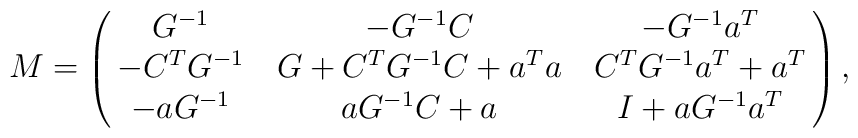
M=\left ( \matrix{G^{-1} & -G^{-1}C & -G^{-1}a^T \cr-C^T G^{-1} & G + C^T G^{-1}C +a^T a & C^T G^{-1} a^T+ a^T \cr -aG^{-1} & aG^{-1}C + a & I + aG^{-1}a^T}\right ),